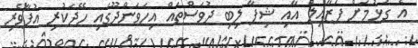
އެ ގުޅުމަށް ފަޒާއިލް އާއި ޝިފާ ލިބި ދުވަސްތައް އިހަވަންދޫގައި ހޭދަކުރި އުފާވެރި